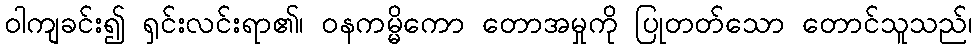
ဝါကျခင်း၍ ရှင်းလင်းရာ၏၊ ဝနကမ္မိကော တောအမှုကို ပြုတတ်သော တောင်သူသည်၊